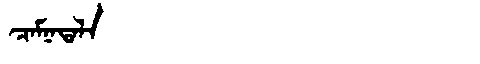
Manchu: ᠴᠠᠮᠨᠠᡨᠠᠯᠠ
Romanization: CAMNATALA